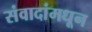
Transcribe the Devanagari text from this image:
संवादांमधून